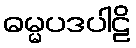
ဓမ္မပဒပါဠိ